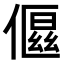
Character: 𬿤